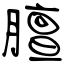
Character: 膻